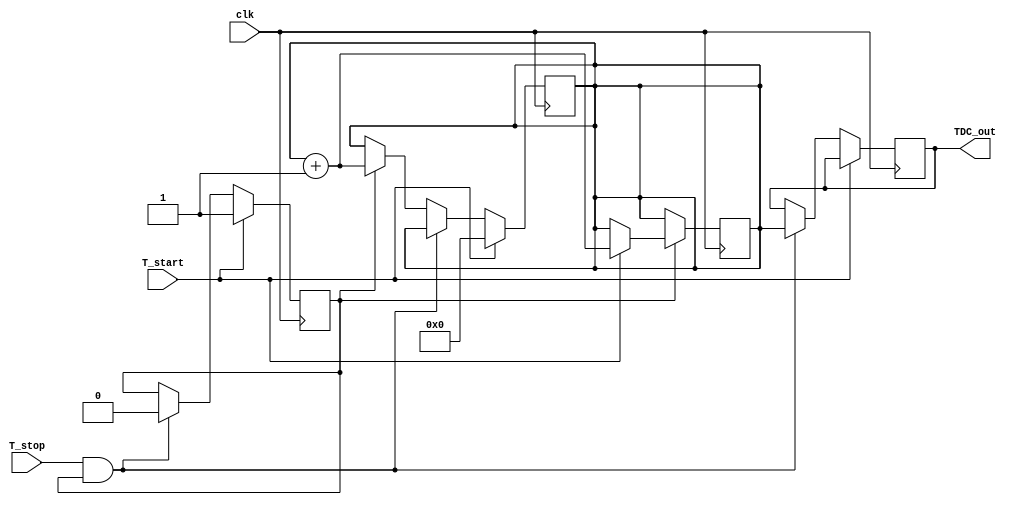
module TDC (
    input wire clk,           // System clock
    input wire T_start,      // Start signal
    input wire T_stop,       // Stop signal
    output reg [15:0] TDC_out // Output time interval in binary
);

    // Parameters
    parameter DELAY_STAGES = 16; // Number of delay stages
    parameter DELAY_UNIT = 1;     // Fixed delay unit (can be adjusted)

    // Delay line signals
    wire [DELAY_STAGES-1:0] delay_line;
    reg [15:0] count;           // Counter for delay stages
    reg counting;               // Counting state
    reg [DELAY_STAGES-1:0] delay_buffer; // Buffer for delayed signals

    // Generate delay line using simple inverters (for illustration)
    genvar i;
    generate
        for (i = 0; i < DELAY_STAGES; i = i + 1) begin: delay_elements
            if (i == 0) begin
                assign delay_line[i] = T_start;
            end else begin
                assign delay_line[i] = delay_line[i-1]; // Each stage delays the signal
            end
        end
    endgenerate

    // Counter logic
    always @(posedge clk) begin
        if (T_start) begin
            count <= 0; // Reset count on start
            counting <= 1; // Start counting
        end else if (T_stop && counting) begin
            counting <= 0; // Stop counting
            TDC_out <= count; // Output the count
        end else if (counting) begin
            count <= count + 1; // Increment count
        end
    end

    // Control logic for counting
    always @(posedge clk) begin
        if (counting) begin
            // Capture the number of delay stages traversed
            if (delay_line[DELAY_STAGES-1]) begin
                count <= count + 1; // Increment count for each delay stage
            end
        end
    end

    // Calibration and output formatting (if needed)
    // Additional calibration logic can be added here

endmodule